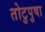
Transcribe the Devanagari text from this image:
तोटुपुषा